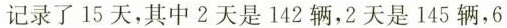
记录了15天，其中2天是142辆，2天是145辆，6